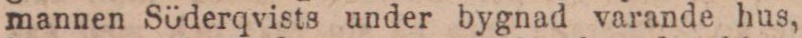
mannen Söderqvists under bygnad varande hus,